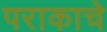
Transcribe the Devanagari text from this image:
पराकाचे